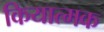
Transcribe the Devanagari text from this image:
कियात्मक